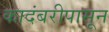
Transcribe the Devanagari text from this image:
कादंबरीपासून